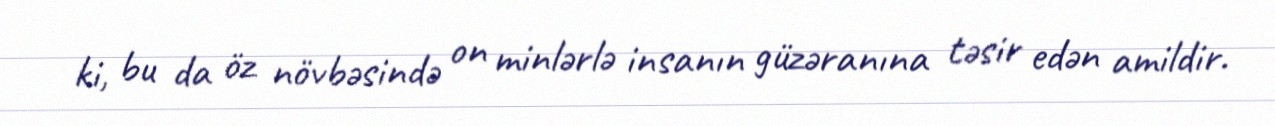
ki, bu da öz növbəsində on minlərlə insanın güzəranına təsir edən amildir.